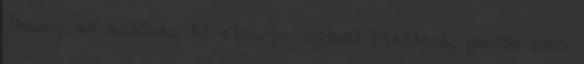
Dewey az erdőben ki akarja nyírni Messert, persze nem